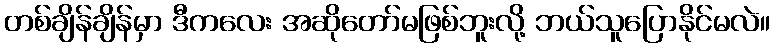
တစ်ချိန်ချိန်မှာ ဒီကလေး အဆိုတော်မဖြစ်ဘူးလို့ ဘယ်သူပြောနိုင်မလဲ။